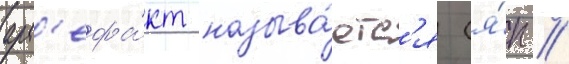
арт'ефа́кт называ́етс'я (я́п //